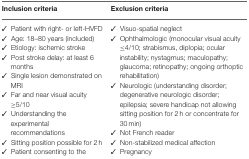
| Inclusion criteria | Exclusion criteria |
 | --- | --- |
 | ✓ Patient with right- or left-HVFD ✓ Age: 18–80 years (included) ✓ Etiology: ischemic stroke ✓ Post stroke delay: at least 6 months ✓ Single lesion demonstrated on MRI ✓ Far and near visual acuity ≥5/10 ✓ Understanding the experimental recommendations ✓ Sitting position possible for 2 h ✓ Patient consenting to the study | ✓ Visuo-spatial neglect ✓ Ophthalmologic (monocular visual acuity ≤ 4/10; strabismus, diplopia; ocular instability; nystagmus; maculopathy; glaucoma; retinopathy; ongoing orthoptic rehabilitation) ✓ Neurologic (understanding disorder; degenerative neurologic disorder; epilepsia; severe handicap not allowing sitting position for 2 h or concentrate for 30 min) ✓ Not French reader ✓ Non-stabilized medical affection ✓ Pregnancy ✓ Patient unable to sign consent |